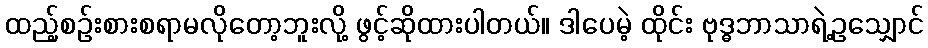
ထည့်စဉ်းစားစရာမလိုတော့ဘူးလို့ ဖွင့်ဆိုထားပါတယ်။ ဒါပေမဲ့ ထိုင်း ဗုဒ္ဓဘာသာရဲ့ဥသျှောင်